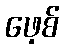
ဖေ့စ်